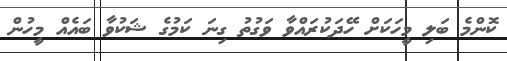
ކޮންމެ ބަލި މީހަކަށް ހޭދަކުރައްވާ ވަގުތު ގިނަ ކަމުގެ ޝަކުވާ ބައެއް މީހުން